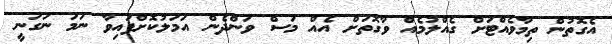
އެގޮތުން ތިމާވެއްޓަށް ގެއްލުމެއް ވާގޮތަށް އެއް މަސް ވަންދެން އަމަލުކޮށްފައިވާ ނަމަ ނަގަނީ